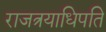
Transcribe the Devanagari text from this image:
राजत्रयाधिपति